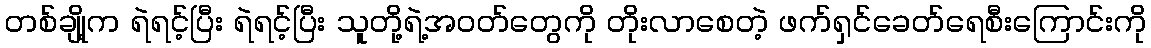
တစ်ချို့က ရဲရင့်ပြီး ရဲရင့်ပြီး သူတို့ရဲ့အဝတ်တွေကို တိုးလာစေတဲ့ ဖက်ရှင်ခေတ်ရေစီးကြောင်းကို